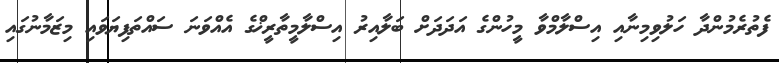
ފެތުރެމުންދާ ހަލުވިމިނާއި އިސްލާމްވާ މީހުންގެ އަދަދަށް ބަލާއިރު އިސްލާމީތާރީޚްގެ އެއްވަނަ ސައްތަފިޔަވައި މިޒަމާނުގައި